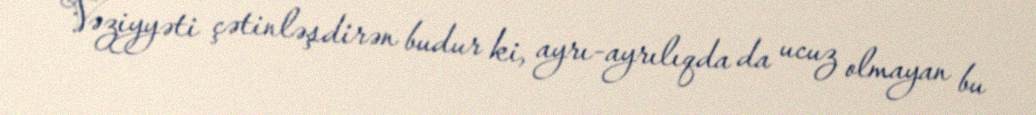
Vəziyyəti çətinləşdirən budur ki, ayrı-ayrılıqda da ucuz olmayan bu